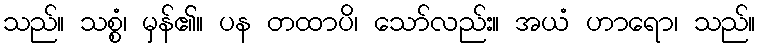
သည်။ သစ္စံ၊ မှန်၏။ ပန တထာပိ၊ သော်လည်း။ အယံ ဟာရော၊ သည်။